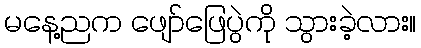
မနေ့ညက ဖျော်ဖြေပွဲကို သွားခဲ့လား။